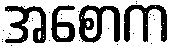
အစောက